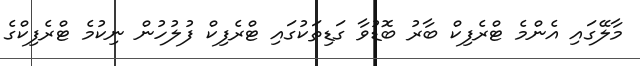
މާލޭގައި އެންމެ ޓްރެފިކް ބާރު ބޮޑުވާ ގަޑިތަކުގައި ޓްރެފިކް ފުލުހުން ނިކުމެ ޓްރެފިކްގެ